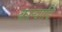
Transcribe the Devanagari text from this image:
कल्पादि